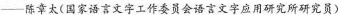
——陈章太(国家语言文字工作委员会语言文字应用研究所研究员)